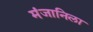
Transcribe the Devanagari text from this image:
मंजानिला